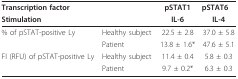
<table><thead><tr><td><b>Transcription factor</b></td><td></td><td><b>pSTAT1</b></td><td><b>pSTAT6</b></td></tr><tr><td><b>Stimulation</b></td><td></td><td><b>IL-6</b></td><td><b>IL-4</b></td></tr></thead><tbody><tr><td>% of pSTAT-positive Ly</td><td>Healthy subject</td><td>22.5 ± 2.8</td><td>37.0 ± 5.8</td></tr><tr><td></td><td>Patient</td><td>13.8 ± 1.6*</td><td>47.6 ± 5.1</td></tr><tr><td>FI (RFU) of pSTAT-positive Ly</td><td>Healthy subject</td><td>11.4 ± 0.4</td><td>5.8 ± 0.3</td></tr><tr><td></td><td>Patient</td><td>9.7 ± 0.2*</td><td>6.3 ± 0.3</td></tr></tbody></table>